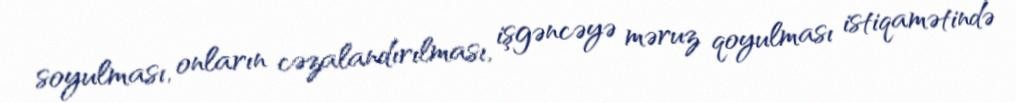
soyulması, onların cəzalandırılması, işgəncəyə məruz qoyulması istiqamətində